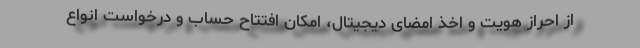
از احراز هویت و اخذ امضای دیجیتال، امکان افتتاح حساب و درخواست انواع